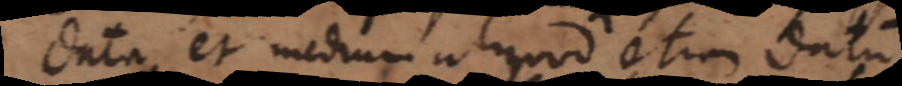
data, et medium aliquod etiam datum.